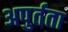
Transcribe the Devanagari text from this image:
अपुर्तता